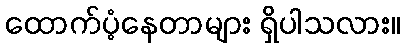
ထောက်ပံ့နေတာများ ရှိပါသလား။